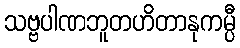
သဗ္ဗပါဏဘူတဟိတာနုကမ္ပီ